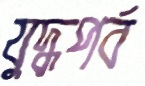
যুদ্ধপর্ব